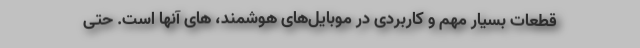
قطعات بسیار مهم و کاربردی در موبایل‌های هوشمند، ‌های آنها است. حتی